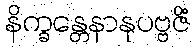
နိက္ခန္တေနာနုပဗ္ဗဇိံ